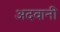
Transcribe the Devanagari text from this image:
अदवानी